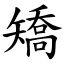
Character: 矯